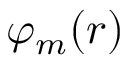
\varphi _ { m } ( { \boldsymbol { r } } )